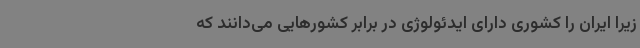
زیرا ایران را کشوری دارای ایدئولوژی در برابر کشورهایی می‌دانند که